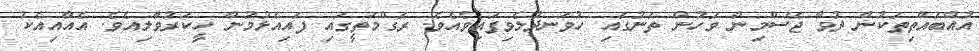
އުއްބައްތިތަކުން ދުވާ ޖޭސްމިން ވަހުން ތަނުގައި ހުވަނދުލެވިފައިވެއެވެ. ރަގްމަތީގައި ފައިއެޅުމުން ހީކަރުވާލިއެވެ. އެއާއިއެކު